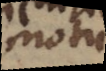
motu